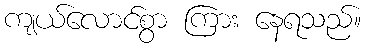
ကျယ်လောင်စွာ ကြား နေရသည်။